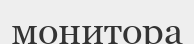
монитора